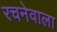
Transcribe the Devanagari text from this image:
रचनेवाला